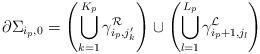
LaTeX: \begin{align*}\partial\Sigma_{i_p,0}=\left(\bigcup_{k=1}^{K_p}\gamma^{\mathcal{R}}_{i_p,j^\prime_k}\right)\cup\left(\bigcup_{l=1}^{L_p}\gamma^{\mathcal{L}}_{i_p+1,j_l}\right)\end{align*}